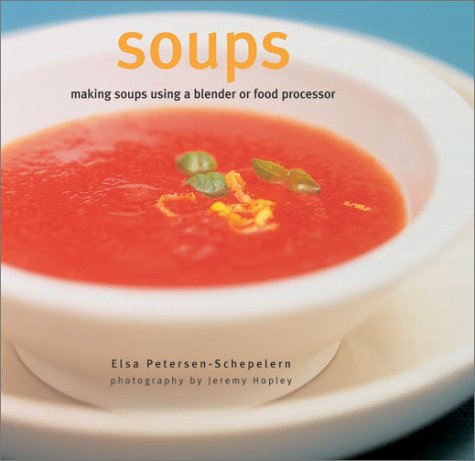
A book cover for Soups; Elsa Petersen-Schepelern; Cookbooks, Food & Wine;